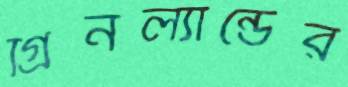
গ্রিনল্যান্ডের